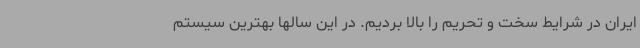
ایران در شرایط سخت و تحریم را بالا بردیم. در این سالها بهترین سیستم